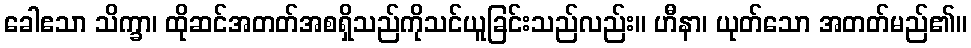
ခေါဧသာ သိက္ခာ၊ ထိုဆင်အတတ်အစရှိသည်ကိုသင်ယူခြင်းသည်လည်း။ ဟီနာ၊ ယုတ်သော အတတ်မည်၏။